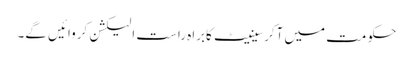
حکومت میں آکرسینیٹ کابراہ راست الیکشن کروائیں گے۔